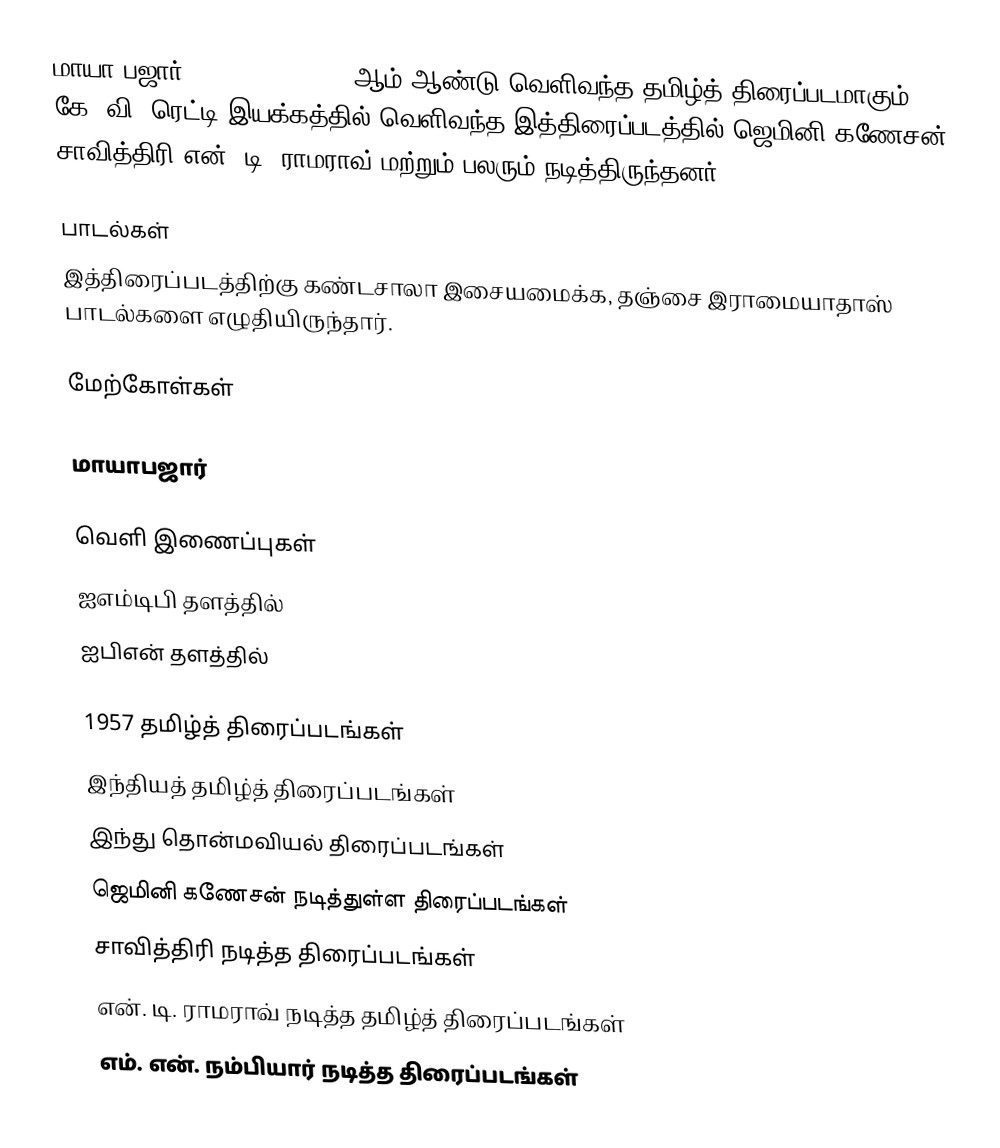
மாயா பஜார் (Mayabazar)  1957 ஆம் ஆண்டு வெளிவந்த தமிழ்த் திரைப்படமாகும். கே. வி. ரெட்டி இயக்கத்தில் வெளிவந்த இத்திரைப்படத்தில் ஜெமினி கணேசன், சாவித்திரி என். டி. ராமராவ் மற்றும் பலரும் நடித்திருந்தனர்.

பாடல்கள்
இத்திரைப்படத்திற்கு கண்டசாலா இசையமைக்க, தஞ்சை இராமையாதாஸ் பாடல்களை எழுதியிருந்தார்.

மேற்கோள்கள்

 மாயாபஜார்

வெளி இணைப்புகள்
 ஐஎம்டிபி தளத்தில்
 ஐபிஎன் தளத்தில்

1957 தமிழ்த் திரைப்படங்கள்
இந்தியத் தமிழ்த் திரைப்படங்கள்
இந்து தொன்மவியல் திரைப்படங்கள்
ஜெமினி கணேசன் நடித்துள்ள திரைப்படங்கள்
சாவித்திரி நடித்த திரைப்படங்கள்
என். டி. ராமராவ் நடித்த தமிழ்த் திரைப்படங்கள்
எம். என். நம்பியார் நடித்த திரைப்படங்கள்